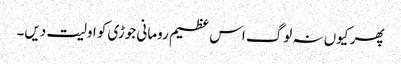
پھر کیوں نہ لوگ اس عظیم رومانی جوڑی کو اولیت دیں۔